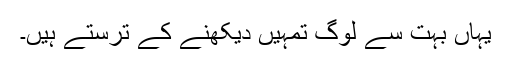
یہاں بہت سے لوگ تمہیں دیکھنے کے ترستے ہیں۔